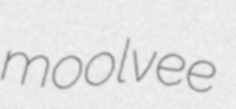
moolvee